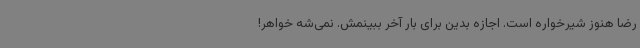
رضا هنوز شیرخواره است. اجازه بدین برای بار آخر ببینمش. نمی‌شه خواهر!